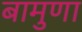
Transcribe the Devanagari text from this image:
बामुणा